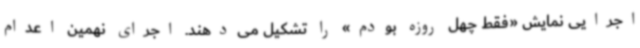
اجرایی نمایش «فقط چهل روزه بودم» را تشکیل می‌دهند. اجرای نهمین اعدام